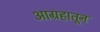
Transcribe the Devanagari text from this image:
आग्रहातून